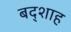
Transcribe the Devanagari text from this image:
बद्शाह